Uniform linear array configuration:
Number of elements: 32
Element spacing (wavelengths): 0.25
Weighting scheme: blackman
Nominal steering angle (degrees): -45
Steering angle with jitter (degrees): -43.397
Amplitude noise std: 0.05
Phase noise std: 0.05

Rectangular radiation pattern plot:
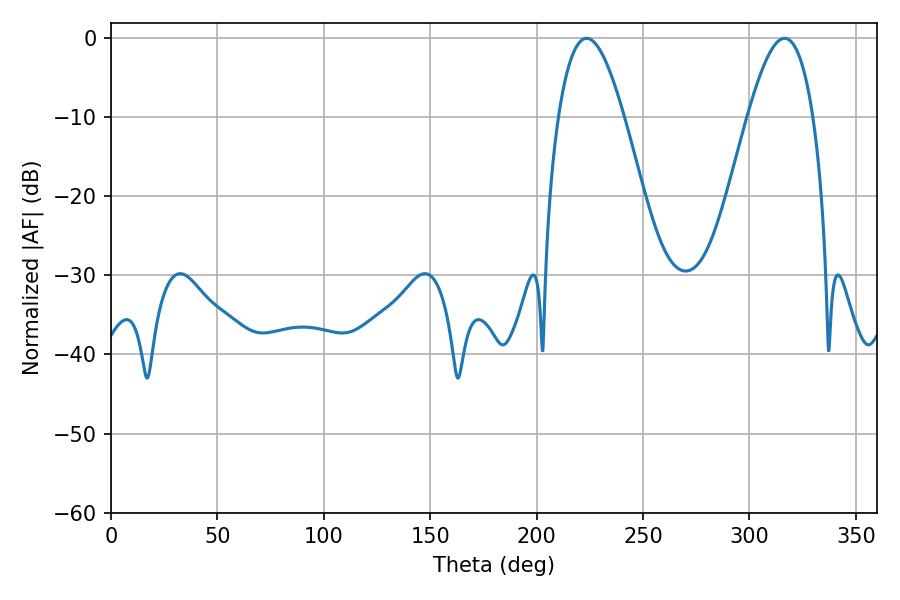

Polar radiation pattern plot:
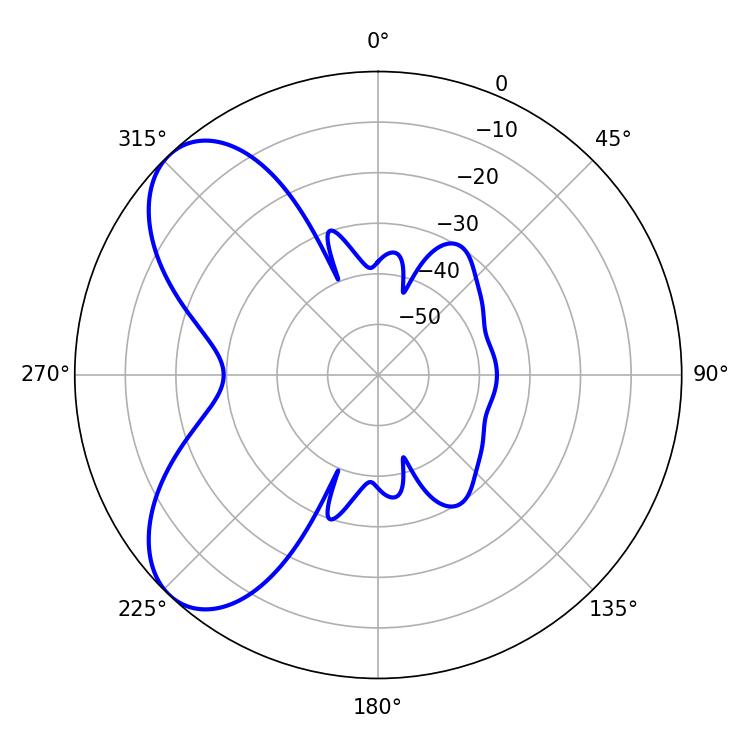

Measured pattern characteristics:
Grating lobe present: FALSE
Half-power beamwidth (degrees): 16.74
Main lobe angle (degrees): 223.56